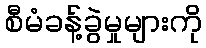
စီမံခန့်ခွဲမှုများကို